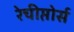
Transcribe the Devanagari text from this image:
रेचीप्तोर्स